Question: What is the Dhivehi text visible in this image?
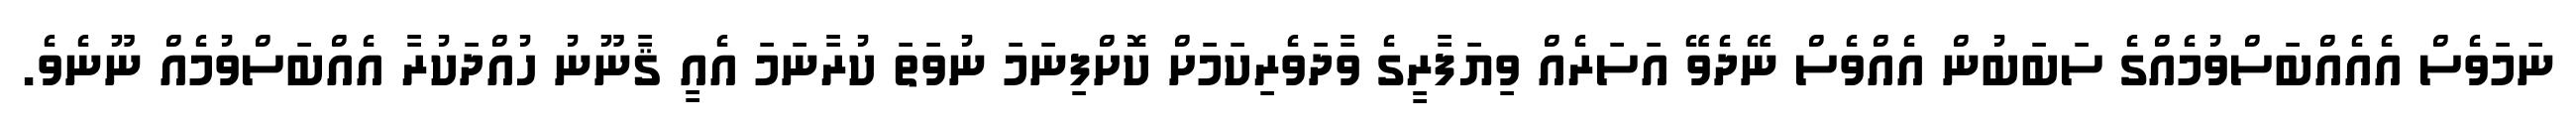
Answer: ނަމަވެސް އެއެއްބަސްވުމެއްގެ ސަބަބުން އެއްވެސް ނޭދެވޭ އަސަރެއް ވިޔަފާރީގެ ވާދަވެރިކަމަށް ކޮށްފިނަމަ ނުވަތަ ކުރާނަމަ އެއީ ޤާނޫނު ހުއްދަކުރާ އެއްބަސްވުމެއް ނޫނެވެ.